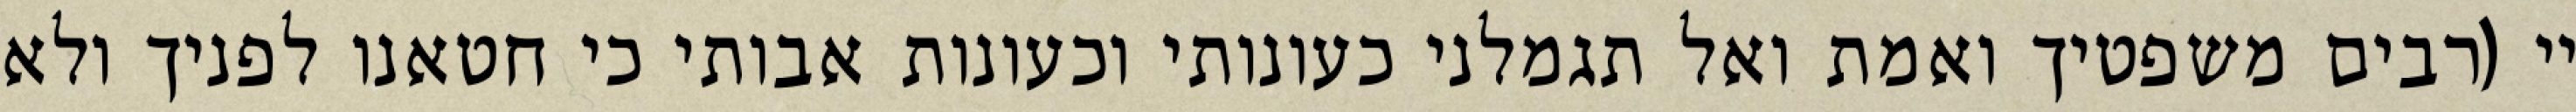
יי (רבים משפטיך ואמת ואל תגמלני כעונותי וכעונות אבותי כי חטאנו לפניך ולא